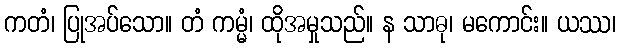
ကတံ၊ ပြုအပ်သော။ တံ ကမ္မံ၊ ထိုအမှုသည်။ န သာဓု၊ မကောင်း။ ယဿ၊